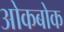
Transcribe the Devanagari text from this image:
ओकबोक